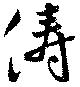
儔